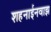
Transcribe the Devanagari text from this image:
शहनाईनवाझ